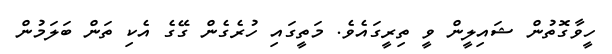
ހީވާގޮތުން ޝައިލީން ވީ ތިރީގައެވެ. މަތީގައި ހުރެގެން ގޭގެ އެކި ތަން ބަލަމުން